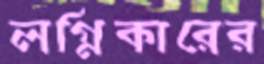
লগ্নিকারের